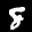
Label: 8